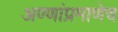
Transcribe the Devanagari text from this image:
अण्णांप्रमाणेच